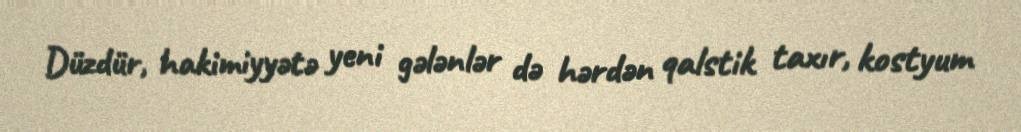
Düzdür, hakimiyyətə yeni gələnlər də hərdən qalstik taxır, kostyum